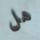
هل